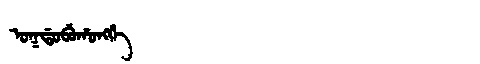
Manchu: ᠣᡴᡩᠣᠪᡠᡥᠣᠩᡤᡝ
Romanization: OKDOBUHONGGE